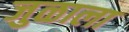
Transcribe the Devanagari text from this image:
जुळाला